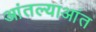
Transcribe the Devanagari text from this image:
आंतल्याआंत